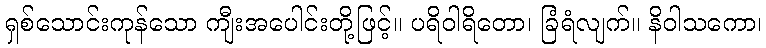
ရှစ်သောင်းကုန်သော ကျီးအပေါင်းတို့ဖြင့်။ ပရိဝါရိတော၊ ခြံရံလျက်။ နိဝါသကော၊